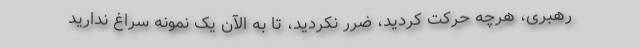
رهبری، هرچه حرکت کردید، ضرر نکردید، تا به الآن یک نمونه سراغ ندارید